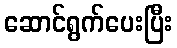
ဆောင်ရွက်ပေးပြီး